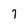
Character: 7